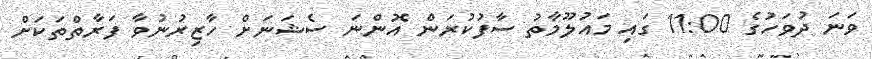
ވަނަ ދުވަހުގެ 11:00 ގައި މައުލޫމާތު ސާފުކުރަން އޮންނަ ސެޝަނަށް ހާޒިރުނުވާ ފަރާތްތަކަށް